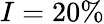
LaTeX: I=20\%